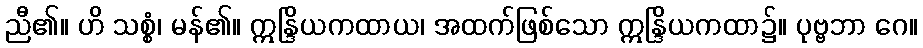
ညီ၏။ ဟိ သစ္စံ၊ မန်၏။ ဣန္ဒြိယကထာယ၊ အထက်ဖြစ်သော ဣန္ဒြိယကထာ၌။ ပုဗ္ဗဘာ ဂေ။